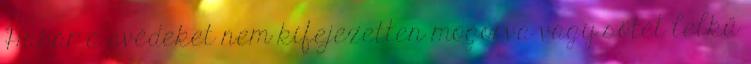
Habár a svédeket nem kifejezetten mogorva vagy sötét lelkű